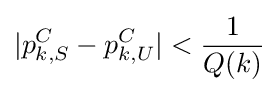
|p_{k,S}^{C}-p_{k,U}^{C}|<{\frac {1}{Q(k)}}